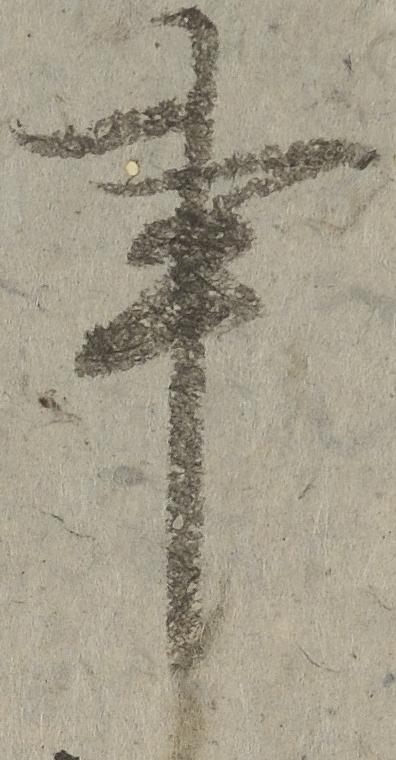
事